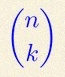
\binom{n}{k}